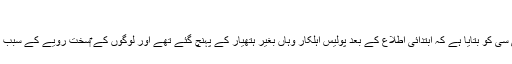
‘
ایک پولیس افسر نے بی بی سی کو بتایا ہے کہ ابتدائی اطلاع کے بعد پولیس اہلکار وہاں بغیر ہتھیار کے پہنچ گئے تھے اور لوگوں کے ‎سخت رویے کے سبب انہیں مجبورا واپس ہونا پڑا۔